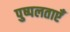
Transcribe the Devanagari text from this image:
पुष्पलताएँ